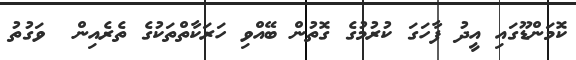
ކޮމަންޑޫގައި އީދު ފާހަގަ ކުރުމުގެ ގޮތުން ބޭއްވި ހަރަކާތްތަކުގެ ތެރެއިން  ވަގުތު